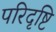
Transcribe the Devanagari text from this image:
परिदृष्टि